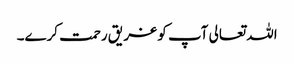
اللہ تعالی آپ کو غر یق رحمت کرے۔